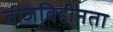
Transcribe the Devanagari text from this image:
बीजविहीनता